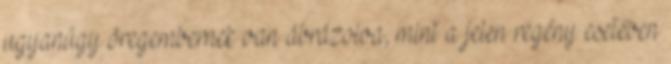
ugyanúgy öregembernek van ábrázolva, mint a jelen regény esetében